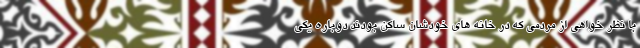
با نظر خواهی از مردمی که در خانه های خودشان ساکن بودند دوباره یکی